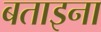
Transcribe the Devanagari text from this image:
बताइना